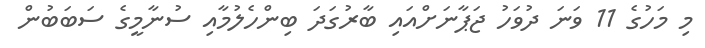
މި މަހުގެ 11 ވަނަ ދުވަހު ޖަޕާނަށްއައި ބާރުގަދަ ބިންހެލުމާއި ސުނާމީގެ ސަބަބުން